[Report on the health of British troops in the Madras command]
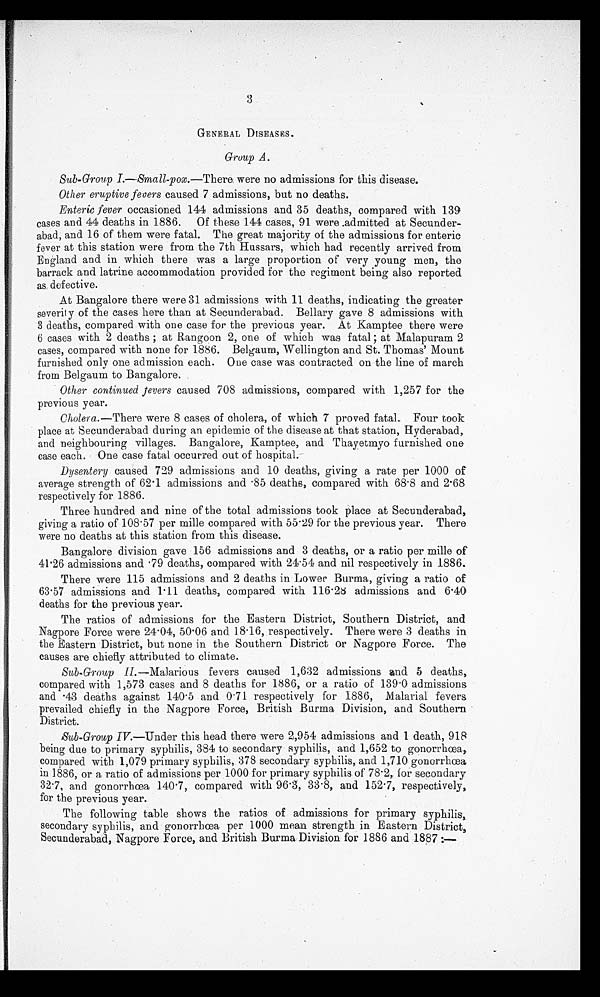
3
GENERAL DISEASES.
Group A.
Sub-Group I.—Small-pox.—There were no admissions for this disease.
Other eruptive fevers caused 7 admissions, but no deaths.
Enteric fever occasioned 144 admissions and 35 deaths, compared with 139
cases and 44 deaths in 1886. Of these 144 cases, 91 were admitted at Secunder
-abad, and 16 of them were fatal. The great majority of the admissions for enteric
fever at this station were from the 7th Hussars, which had recently arrived from
England and in which there was a large proportion of very young men, the
barrack and latrine accommodation provided for the regiment being also reported
as defective.
At Bangalore there were 31 admissions with 11 deaths, indicating the greater
severity of the cases here than at Secunderabad. Bellary gave 8 admissions with
3 deaths, compared with one case for the previous year. At Kamptee there were
6 cases with 2 deaths; at Rangoon 2, one of which was fatal; at Malapuram 2
cases, compared with none for 1886. Belgaum, Wellington and St. Thomas' Mount
furnished only one admission each. One case was contracted on the line of march
from Belgaum to Bangalore.
Other continued fevers caused 708 admissions, compared with 1,257 for the
previous year.
Cholera.—There were 8 cases of cholera, of which 7 proved fatal. Four took
place at Secunderabad during an epidemic of the disease at that station, Hyderabad,
and neighbouring villages. Bangalore, Kamptee, and Thayetmyo furnished one
case each. One case fatal occurred out of hospital.
Dysentery caused 729 admissions and 10 deaths, giving a rate per 1000 of
average strength of 62.1 admissions and .85 deaths, compared with 68.8 and 2.68
respectively for 1886.
Three hundred and nine of the total admissions took place at Secunderabad,
giving a ratio of 108.57 per mille compared with 55.29 for the previous year. There
were no deaths at this station from this disease.
Bangalore division gave 156 admissions and 3 deaths, or a ratio per mille of
41.26 admissions and .79 deaths, compared with 24.54 and nil respectively in 1886.
There were 115 admissions and 2 deaths in Lower Burma, giving a ratio of
63.57 admissions and 1.11 deaths, compared with 116.28 admissions and 6.40
deaths for the previous year.
The ratios of admissions for the Eastern District, Southern District, and
Nagpore Force were 24.04, 50.06 and 18.16, respectively. There were 3 deaths in
the Eastern District, but none in the Southern District or Nagpore Force. The
causes are chiefly attributed to climate.
Sub-Group II .—Malarious fevers caused 1,632 admissions and 5 deaths,
compared with 1,573 cases and 8 deaths for 1886, or a ratio of 139.0 admissions
and .43 deaths against 140.5 and 0.71 respectively for 1886, Malarial fevers
prevailed chiefly in the Nagpore Force, British Burma Division, and Southern
District.
Sub-Group IV.—Under this head there were 2,954 admissions and 1 death, 918
being due to primary syphilis, 384 to secondary syphilis, and 1,652 to gonorrhœa,
compared with 1,079 primary syphilis, 378 secondary syphilis, and 1,710 gonorrhœa,
in 1886, or a ratio of admissions per 1000 for primary syphilis of 78.2, for secondary
32.7, and gonorrhœa 140.7, compared with 96.3, 33.8, and 152.7, respectively,
for the previous year.
The following table shows the ratios of admissions for primary syphilis,
secondary syphilis, and gonorrhœa per 1000 mean strength in Eastern District,
Secunderabad, Nagpore Force, and British Burma Division for 1886 and 1887:—